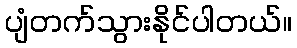
ပျံတက်သွားနိုင်ပါတယ်။